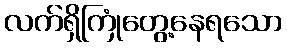
လက်ရှိကြုံတွေ့နေရသော